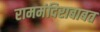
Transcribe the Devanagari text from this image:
राममंदिराबाबत